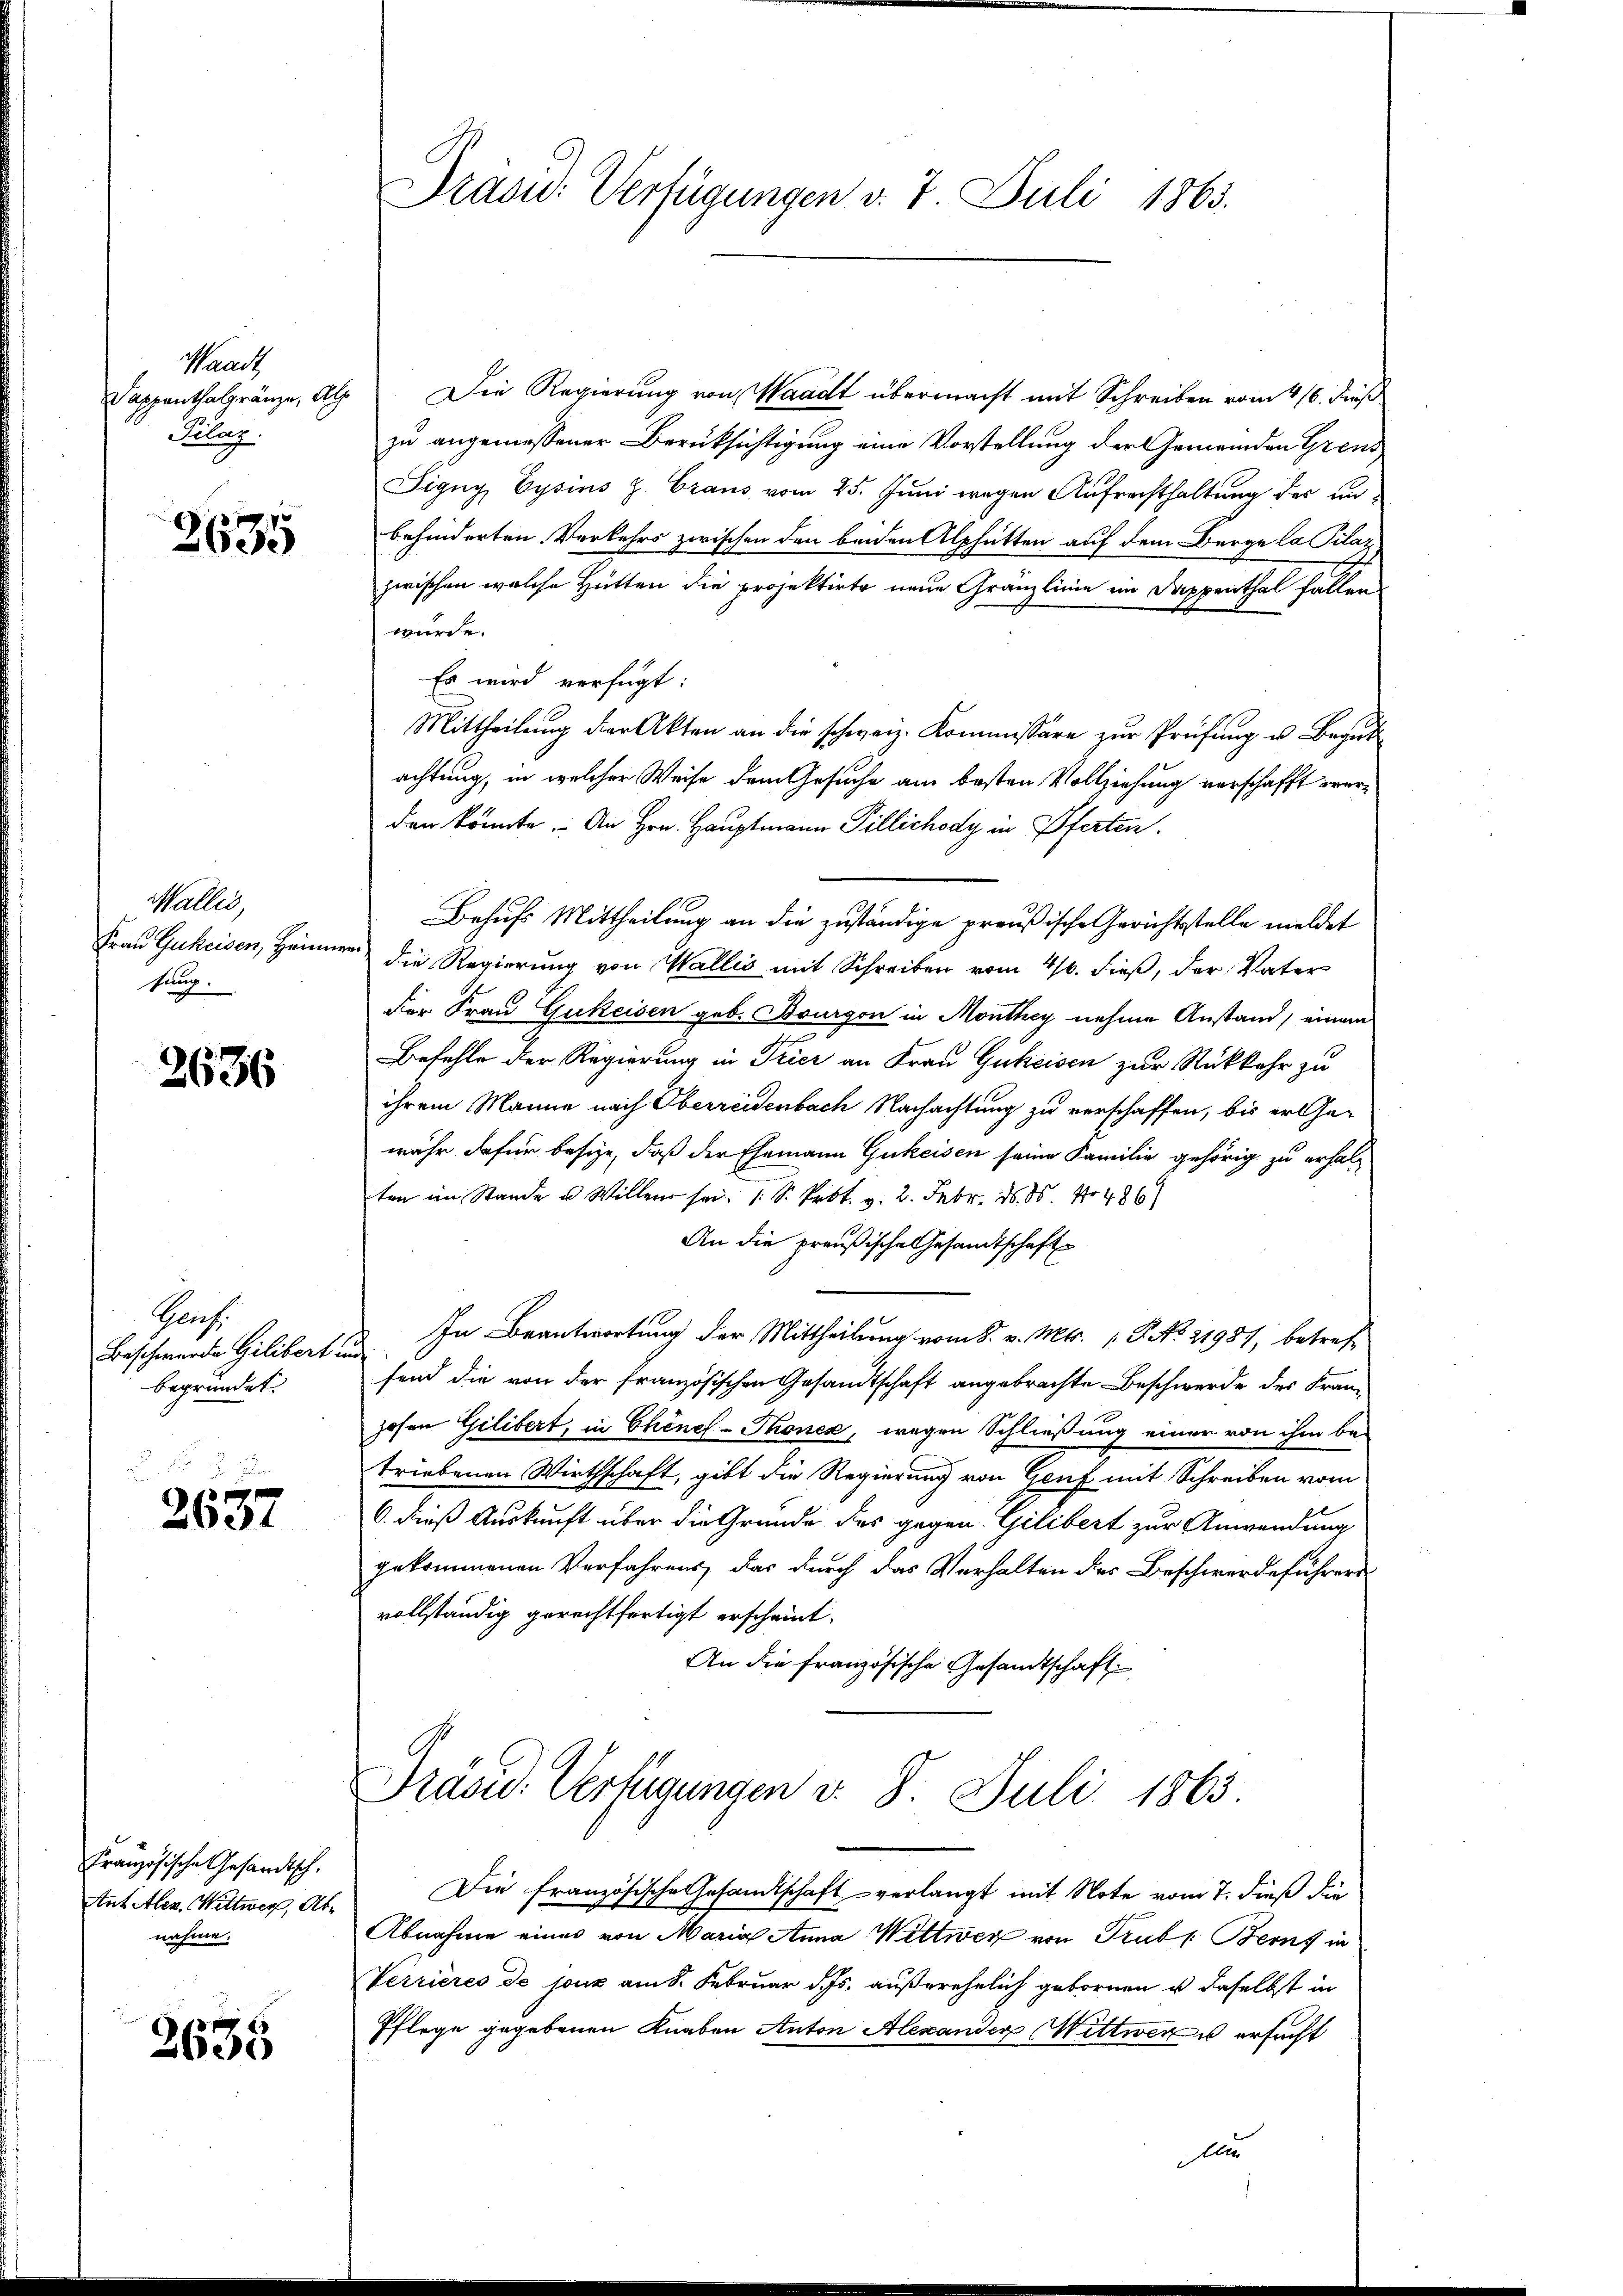
Waadt,
Pilar.

e
2635

Wallis,
sung.

2636

Grach
Beschwerde Gilibert in
begründet.

2637

Französische Gesandtsch.
Ant. Aben. Wittwer, Abnahme.

2655

Drasw. Verfügungen v. 7. Juli 1865.

Sappenthalgränze, als Die Regierung von Waadt übermacht mit Schreiben vom 416. dieß
zu angemessener Berüksichtigung eine Vorstellung der Gemeinden Greus
Signy Cysins J. Craus vom 25. Juni wegen Aufrechthaltung der unbehinderten Verkehrs zwischen den beiden Alphütten auf dem Berge la Pilar
zwischen welche Hütten die projektirte neue Gränzlinie ein Sappenthal fallen.
würde.
Es wird verfügt:
Mittheilŭng der Akten an die schweiz. Kommissäre zŭr Prüfŭng u. Begut
achtung, in welcher Weise dem Gesuche am besten Vollziehung verschafft werden könnte. An Hrn. Hauptmann Pillichody in Pferten.
Behufs Mittheilung an die zuständige preußische Gerichtstelle meldet
Frau Guheisen, Heimer die Regierung von Wallis mit Schreiben vom 4/6. dieß, der Vater
der Frau Gukeisen geb. Bourgon in Monthey nehme Anstand, einem
Befehle der Regierung in Trier an Frau Gukeisen zur Rückkehr zu
ihrem Manne nach Oberreisenbach Nachachtung zu verschaffen, bis er Gewähr dafür besize, daß der Ehemann Gukeisen seine Familie gehörig zu erhalten im Stande u. Willen sei. 1. S. Prot. v. 2. Febr. 16. ds. No 486)
An die preußische Gesandtschaft
In Beantwortung der Mittheilung vom 8. v. Mts. 1. P. No. 21987; betrefauf
fend die von der französischen Gesandtschaft angebrachte Beschwerde des Franhohen Gilibert, in Chinel-Thonen, wegen Schließung einer von ihm betriebenen Wirthschaft, gibt die Regierung von Genf mit Schreiben vom
6. dieß Auskunft über die Grunde des gegen. Gilibert zur Anwendung
gekommenen Verfahrens, das durch das Verhalten der Beschwerdeführers
vollständig gerechtfertigt erscheint.
An die französische Gesandtschaft
Präsid. Verfügungen d. 8. Juli 1863.
Die Französische Gesandtschaft verlangt mit Note vom 7. dieß die
Abnahme eines von Maria Anna Wittwer von Trubs Berns in
Verrieres de jouz am 8. Februar d. Js. außerehelich gebornen u. daselbst in
Pflege gegebenen Knaben Anton Alexander Wittwer ersucht
All